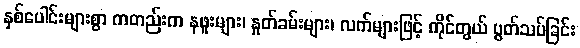
နှစ်ပေါင်းများစွာ ကတည်းက နဖူးများ၊ နှုတ်ခမ်းများ၊ လက်များဖြင့် ကိုင်တွယ် ပွတ်သပ်ခြင်း